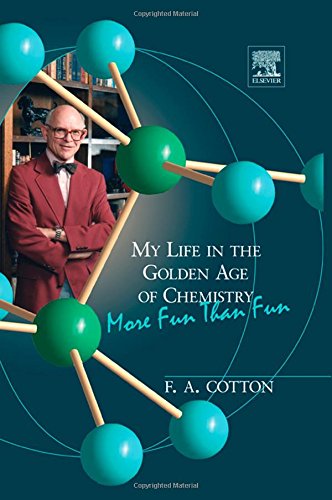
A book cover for My Life in the Golden Age of Chemistry: More Fun Than Fun; F. Albert Cotton; Science & Math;